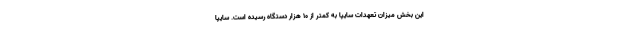
اين بخش ميزان تعهدات سايپا به كمتر از ۱۰ هزار دستگاه رسيده است. سایپا